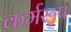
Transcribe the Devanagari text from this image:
कर्मरूप